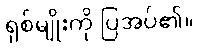
ရှစ်မျိုးကို ပြအပ်၏။